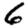
Digit: 6